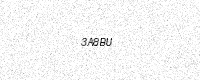
Text: 3A8BU